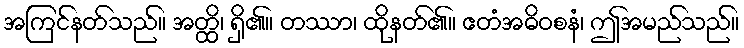
အကြင်နတ်သည်။ အတ္ထိ၊ ရှိ၏။ တဿာ၊ ထိုနတ်၏။ ဧတံအဓိဝစနံ၊ ဤအမည်သည်။